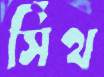
সিঁথ